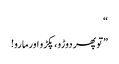
“
”تو پھر دوڑو، پکڑو اورمارو!